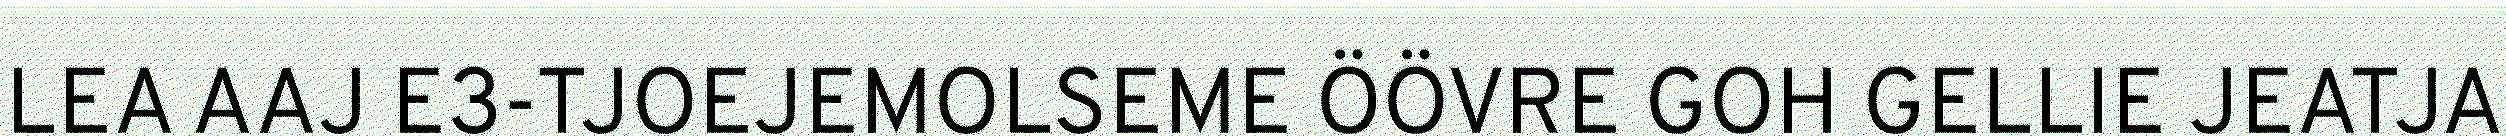
LEA AAJ E3-TJOEJEMOLSEME ÖÖVRE GOH GELLIE JEATJA